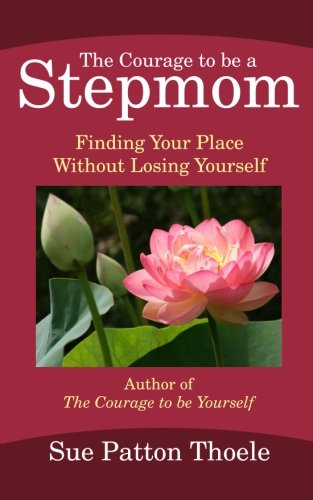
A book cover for The Courage To Be A Stepmom: Finding Your Place Without Losing Yourself; Sue Patton Thoele; Parenting & Relationships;